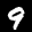
Label: 9